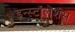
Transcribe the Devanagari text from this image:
इन्स्टॉलेशंस